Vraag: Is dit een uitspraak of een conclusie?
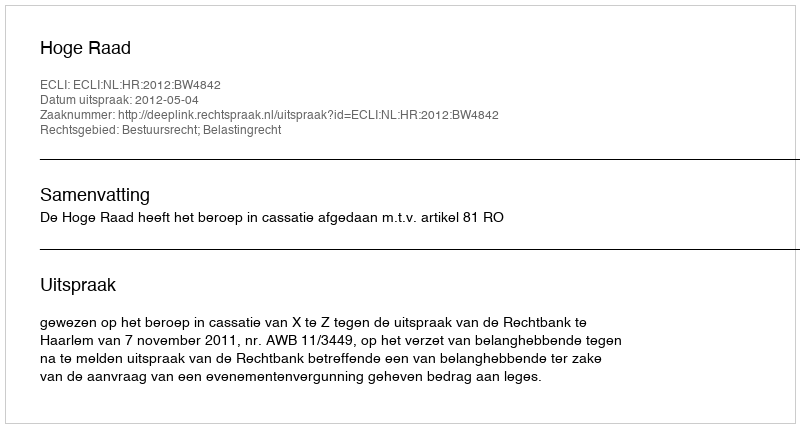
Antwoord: Uitspraak